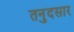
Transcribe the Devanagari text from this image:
तनुदसार